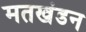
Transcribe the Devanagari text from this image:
मतखंडन